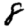
Digit: 8